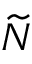
\widetilde { N }